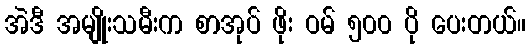
အဲဒီ အမျိုးသမီးက စာအုပ် ဖိုး ဝမ် ၅၀၀ ပို ပေးတယ်။